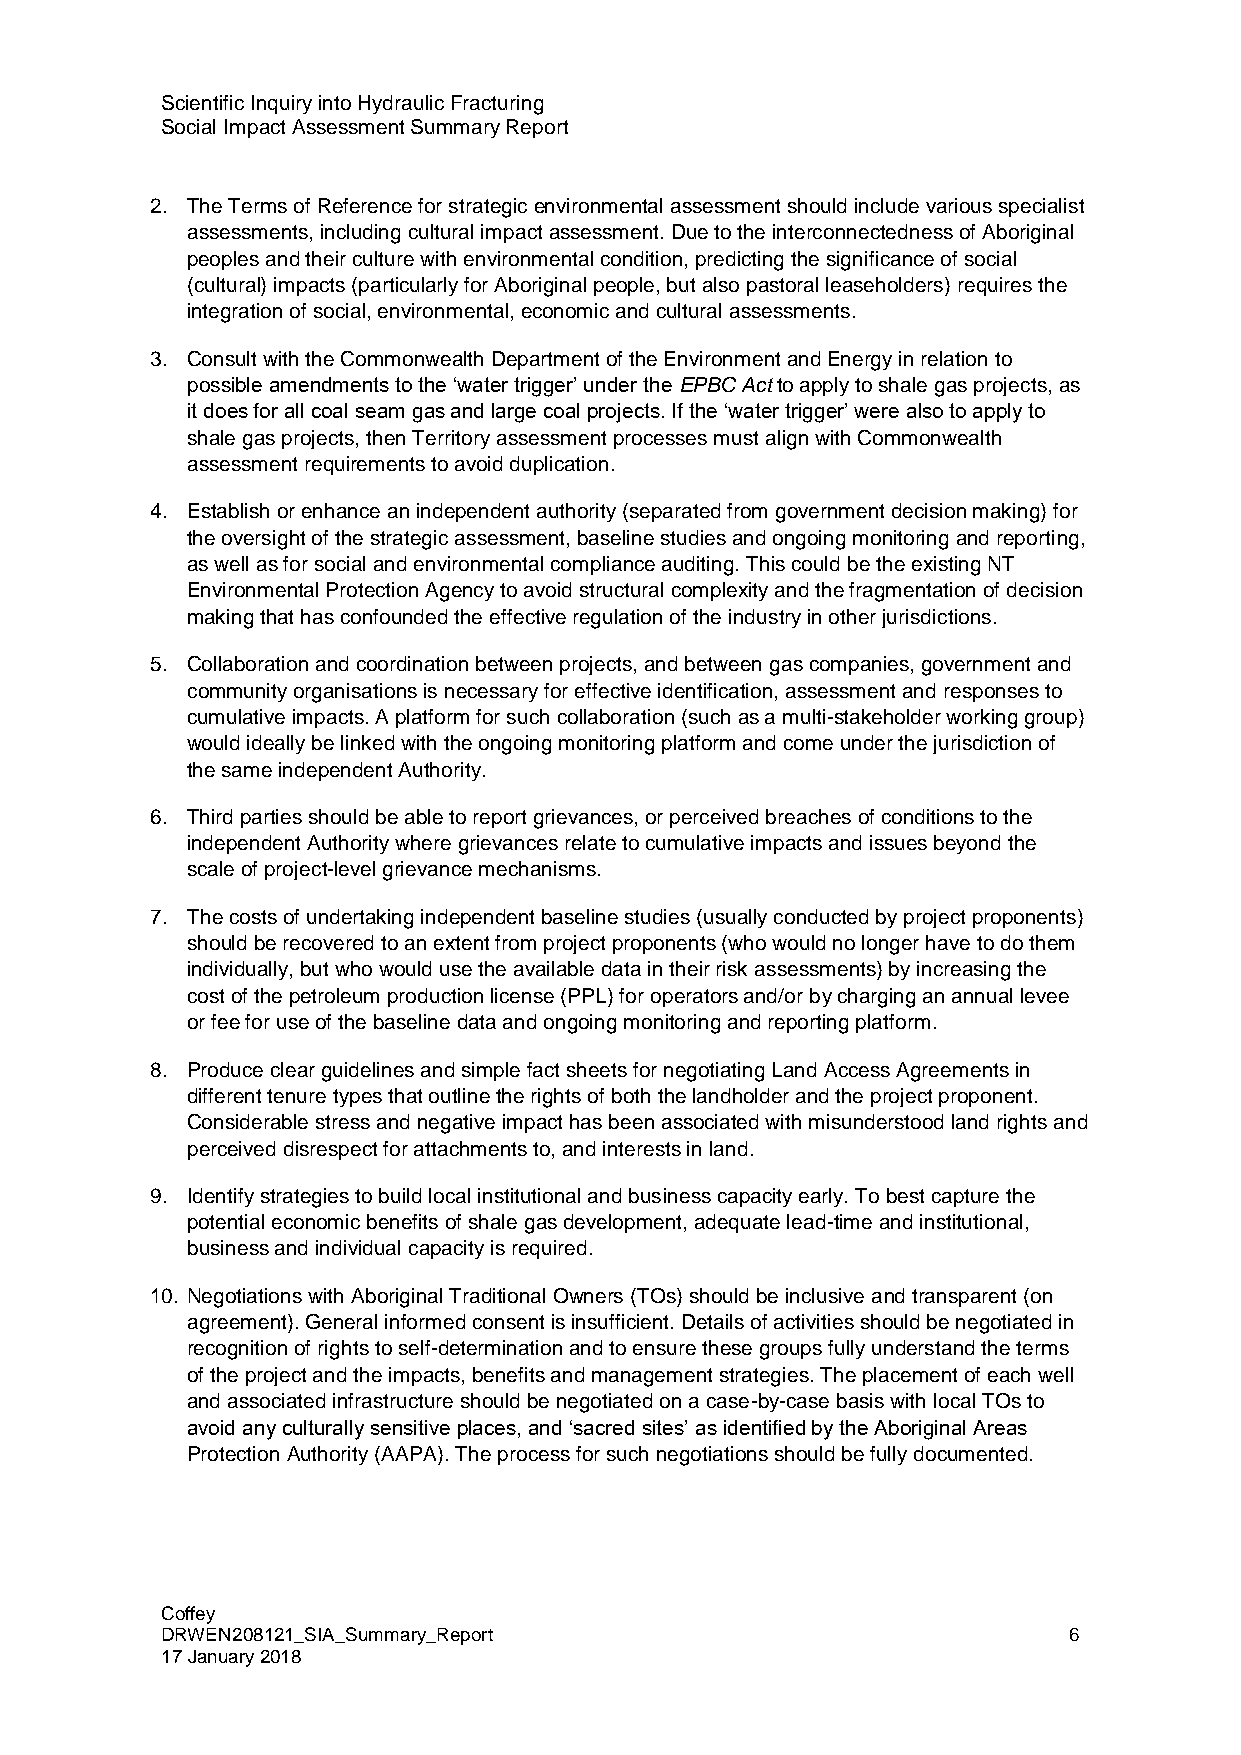
Scientific Inquiry into Hydraulic Fracturing
 Social Impact Assessment Summary Report
 2. The Terms of Reference for strategic environmental assessment should include various specialist
 assessments, including cultural impact assessment. Due to the interconnectedness of Aboriginal
 peoples and their culture with environmental condition, predicting the significance of social
 (cultural) impacts (particularly for Aboriginal people, but also pastoral leaseholders) requires the
 integration of social, environmental, economic and cultural assessments.
 3. Consult with the Commonwealth Department of the Environment and Energy in relation to
 possible amendments to the ‘water trigger’ under the EPBC Act to apply to shale gas projects, as
 it does for all coal seam gas and large coal projects. If the ‘water trigger’ were also to apply to
 shale gas projects, then Territory assessment processes must align with Commonwealth
 assessment requirements to avoid duplication.
 4. Establish or enhance an independent authority (separated from government decision making) for
 the oversight of the strategic assessment, baseline studies and ongoing monitoring and reporting,
 as well as for social and environmental compliance auditing. This could be the existing NT
 Environmental Protection Agency to avoid structural complexity and the fragmentation of decision
 making that has confounded the effective regulation of the industry in other jurisdictions.
 5. Collaboration and coordination between projects, and between gas companies, government and
 community organisations is necessary for effective identification, assessment and responses to
 cumulative impacts. A platform for such collaboration (such as a multi-stakeholder working group)
 would ideally be linked with the ongoing monitoring platform and come under the jurisdiction of
 the same independent Authority.
 6. Third parties should be able to report grievances, or perceived breaches of conditions to the
 independent Authority where grievances relate to cumulative impacts and issues beyond the
 scale of project-level grievance mechanisms.
 7. The costs of undertaking independent baseline studies (usually conducted by project proponents)
 should be recovered to an extent from project proponents (who would no longer have to do them
 individually, but who would use the available data in their risk assessments) by increasing the
 cost of the petroleum production license (PPL) for operators and/or by charging an annual levee
 or fee for use of the baseline data and ongoing monitoring and reporting platform.
 8. Produce clear guidelines and simple fact sheets for negotiating Land Access Agreements in
 different tenure types that outline the rights of both the landholder and the project proponent.
 Considerable stress and negative impact has been associated with misunderstood land rights and
 perceived disrespect for attachments to, and interests in land.
 9. Identify strategies to build local institutional and business capacity early. To best capture the
 potential economic benefits of shale gas development, adequate lead-time and institutional,
 business and individual capacity is required.
 10. Negotiations with Aboriginal Traditional Owners (TOs) should be inclusive and transparent (on
 agreement). General informed consent is insufficient. Details of activities should be negotiated in
 recognition of rights to self-determination and to ensure these groups fully understand the terms
 of the project and the impacts, benefits and management strategies. The placement of each well
 and associated infrastructure should be negotiated on a case-by-case basis with local TOs to
 avoid any culturally sensitive places, and ‘sacred sites’ as identified by the Aboriginal Areas
 Protection Authority (AAPA). The process for such negotiations should be fully documented.
 Coffey
 DRWEN208121_SIA_Summary_Report                              6
 17 January 2018